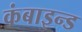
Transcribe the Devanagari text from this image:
कंबाइन्ड